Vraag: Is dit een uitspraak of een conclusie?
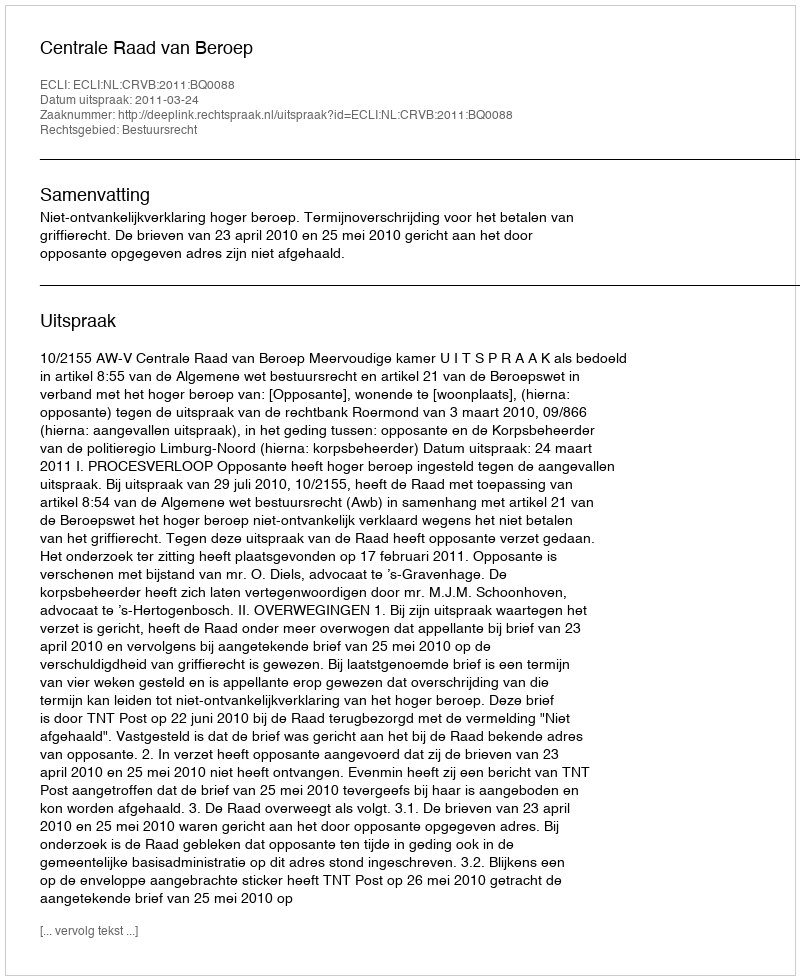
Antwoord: Uitspraak